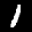
Label: 1